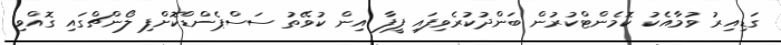
ގަޑިއިރު ވުމާއެކު ކޮމެންޓްކުރުން ބަންދުކުރެވިފައި ފީފާ އިން ކުވޭތު ސަސްޕެންޑްކޮށްފި ލޯންޗްގައި ގޮއްވި